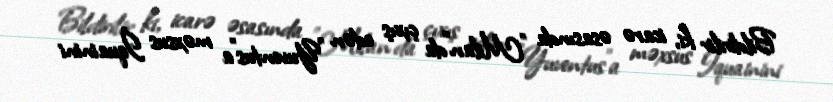
Bildirilir ki, icarə əsasında "Milan"da çıxış edən "Yuventus"a məxsus İquainini